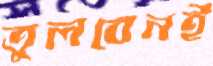
তুলবেনই